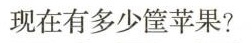
现在有多少筐苹果?